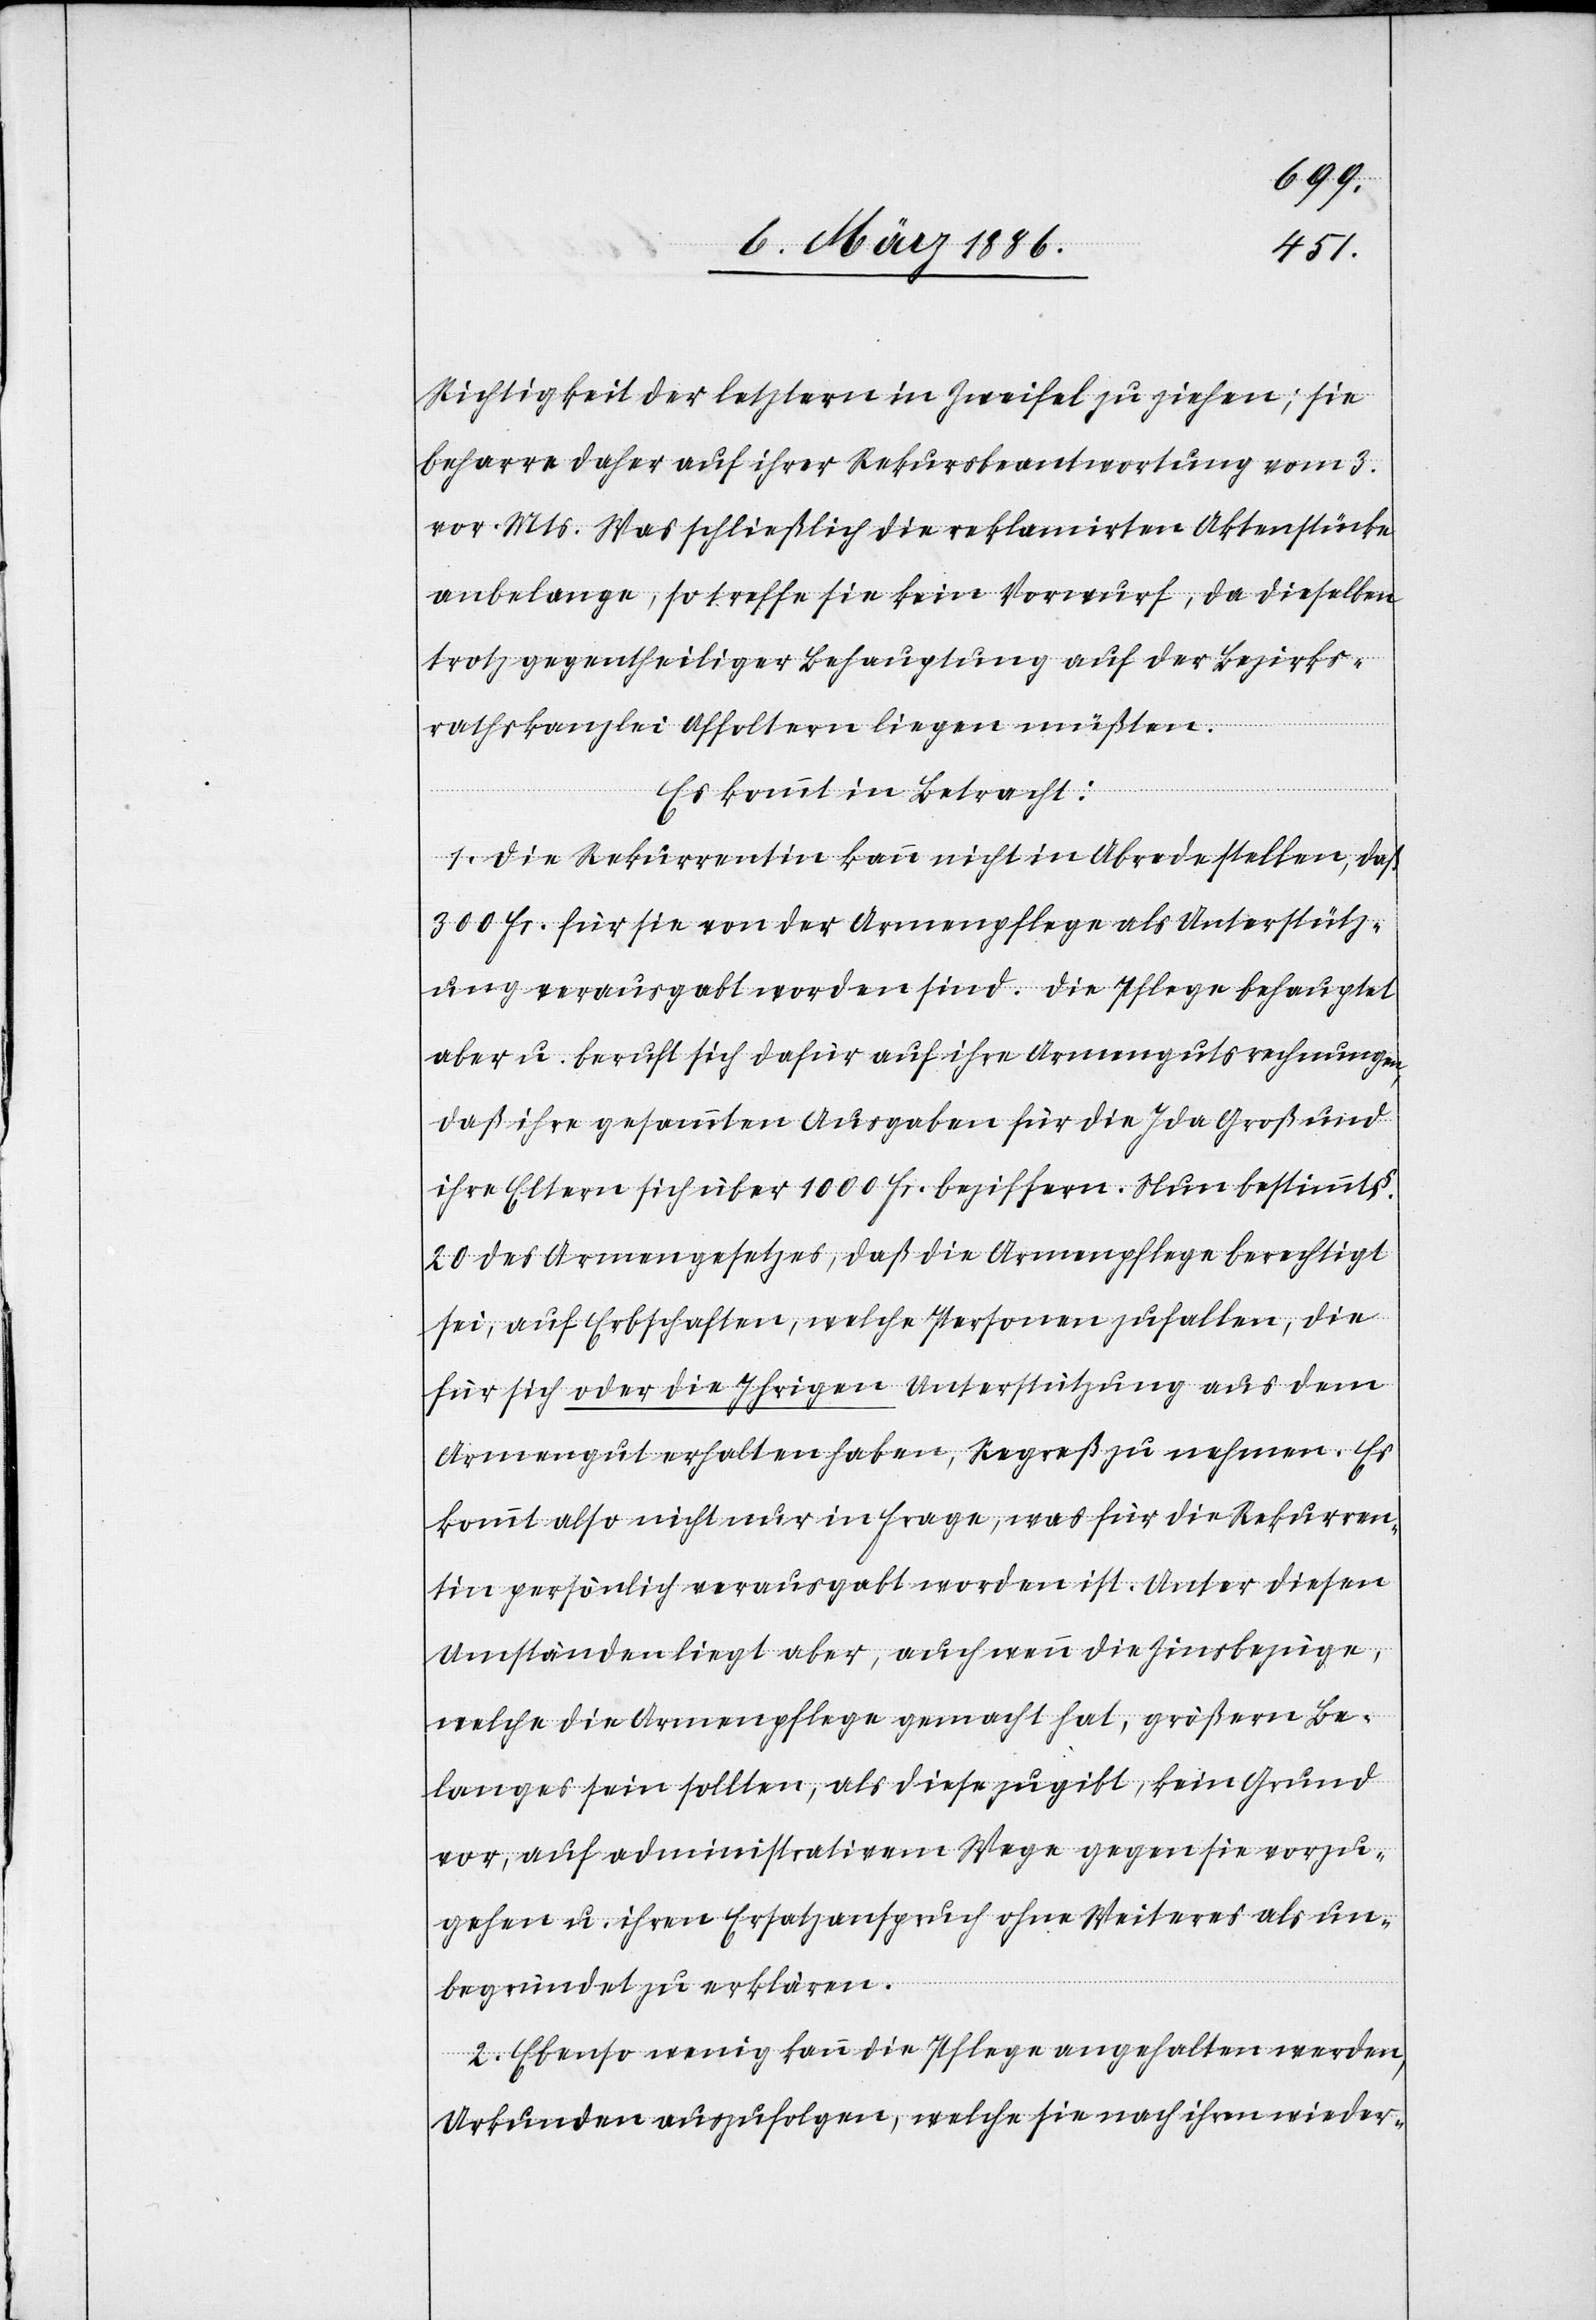
Richtigkeit der letztern in Zweifel zu ziehen; sie
beharre daher auf ihrer Rekursbeantwortung vom 3.
vor. Mts. Was schließlich die reklamirten Aktenstücke
anbelange, so treffe sie kein Vorwurf, da dieselben
trotz gegentheiliger Behauptung auf der Bezirks¬
rathskanzlei Affoltern liegen müßten.
erklärt.
Es kommt in Betracht:
1. Die Rekurrentin kann nicht in Abrede stellen, daß
300 Fr. für sie von der Armenpflege als Unterstütz¬
ung verausgabt worden sind. Die Pflege behauptet
aber u. beruft sich dafür auf ihre Armengutsrechnungen,
daß ihre gesammten Ausgaben für die Ida Groß und
ihre Eltern sich über 1000 Fr. beziffern. Nun bestimmt §.
20 des Armengesetzes, daß die Armenpflege berechtigt
sei, auf Erbschaften, welche Personen zufallen, die
für sich oder die Ihrigen Unterstützung aus dem
Armengut erhalten haben, Regreß zu nehmen. Es
kommt also nicht nur in Frage, was für die Rekurren¬
tin persönlich verausgabt worden sei. Unter diesen
Umständen liegt aber, auch wenn die Zinsbezüge,
welche die Armenpflege gemacht hat, größeren Be¬
langens sein sollten, als diese zugibt, kein Grund
vor, auf administrativen Wege gegen sie vorzu¬
gehen u. ihren Ersatzanspruch ohne Weiteres als un¬
2. Ebenso wenig kann die Pflege angehalten werden,
Urkunden auszufolgen, welche sie nach ihren wieder-